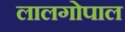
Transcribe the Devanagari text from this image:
लालगोपाल